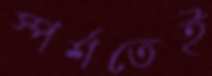
স্পর্শতেই